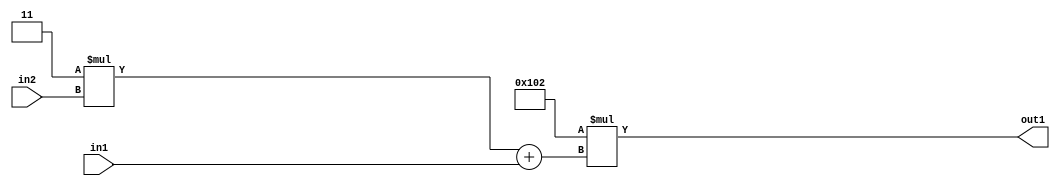
`timescale 1ps / 1ps
/*****************************************************************************
    Verilog RTL Description
    
    
    Created by: Stratus DpOpt 2019.1.01 
*******************************************************************************/

module DC_Filter_Mul2i258Add2u1Mul2i3u2_1 (
	in2,
	in1,
	out1
	); /* architecture "behavioural" */ 
input [1:0] in2;
input  in1;
output [11:0] out1;
wire [11:0] asc001;
wire [3:0] asc002;

wire [3:0] asc002_tmp_0;
assign asc002_tmp_0 = 
	+(4'B0011 * in2);
assign asc002 = asc002_tmp_0
	+(in1);

assign asc001 = 
	+(12'B000100000010 * asc002);

assign out1 = asc001;
endmodule

/* CADENCE  uLbyQwE= : u9/ySgnWtBlWxVPRXgAZ4Og= ** DO NOT EDIT THIS LINE ******/